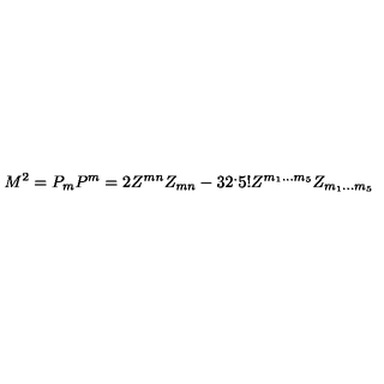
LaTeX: M ^ { 2 } = P _ { m } P ^ { m } = 2 Z ^ { m n } Z _ { m n } - 3 2 ^ { . } 5 ! Z ^ { m _ { 1 } . . . m _ { 5 } } Z _ { m _ { 1 } . . . m _ { 5 } }